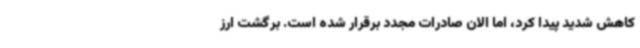
کاهش شدید پیدا کرد، اما الان صادرات مجدد برقرار شده است. برگشت ارز